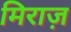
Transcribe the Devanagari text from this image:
मिराज़